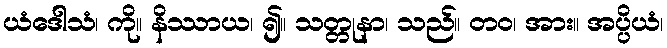
ယံဒေါသံ၊ ကို။ နိဿာယ၊ ၍။ သတ္တုနာ၊ သည်။ တဝ၊ အား။ အပ္ပိယံ၊